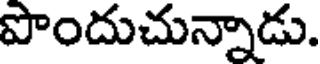
పొందుచున్నాడు.